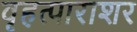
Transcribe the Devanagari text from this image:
वृहत्पाराशर